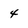
Character: 4